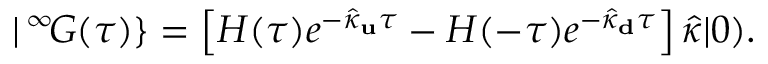
| \, ^ { \infty } \! G ( \tau ) \} = \left[ H ( \tau ) e ^ { - \hat { \kappa } _ { \bf u } \tau } - H ( - \tau ) e ^ { - \hat { \kappa } _ { \bf d } \tau } \right] \hat { \kappa } | 0 ) .